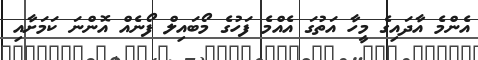
އެންމެ އާދައިގެ މީހާ އަތުގަ އެއްމެ ފަހުގެ މޯބައިލް ފޯނެއް އޮންނަ ކަމަށާއި